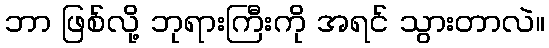
ဘာ ဖြစ်လို့ ဘုရားကြီးကို အရင် သွားတာလဲ။